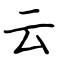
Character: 云